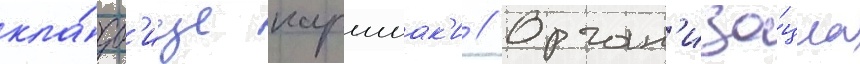
кла́дб'ище каршиак'и // Орган'иза́циа